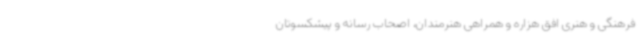
فرهنگی و هنری افق هزاره و همراهی هنرمندان، اصحاب رسانه و پیشکسوتان